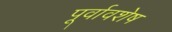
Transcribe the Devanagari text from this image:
पूर्वावशेष